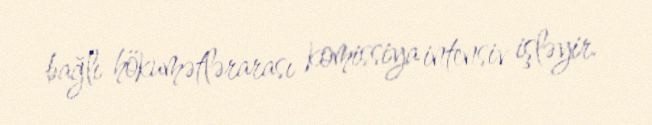
bağlı hökumətlərarası komissiya intensiv işləyir.